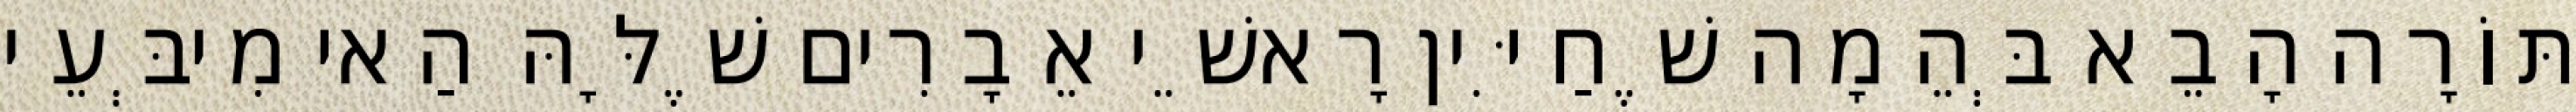
תּוֹרָה הָבֵא בְּהֵמָה שֶׁחַיִּין רָאשֵׁי אֵבָרִים שֶׁלָּהּ הַאי מִיבְּעֵי